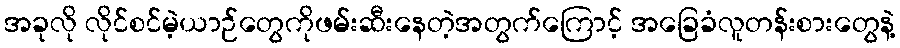
အခုလို လိုင်စင်မဲ့ယာဉ်တွေကိုဖမ်းဆီးနေတဲ့အတွက်ကြောင့် အခြေခံလူတန်းစားတွေနဲ့